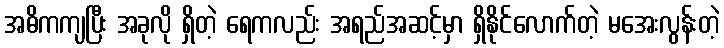
အဓိကကျပြီး အခုလို ရှိတဲ့ ရေကလည်း အရည်အဆင့်မှာ ရှိနိုင်လောက်တဲ့ မအေးလွန်းတဲ့